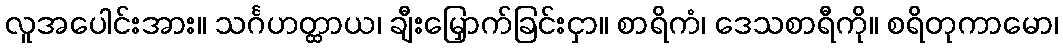
လူအပေါင်းအား။ သင်္ဂဟတ္ထာယ၊ ချီးမြှောက်ခြင်းငှာ။ စာရိကံ၊ ဒေသစာရီကို။ စရိတုကာမော၊